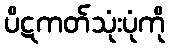
ပိဋကတ်သုံးပုံကို